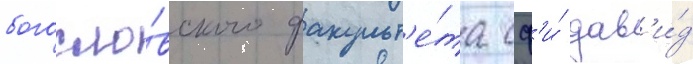
богосло́вского факульт'е́та сф'и́ дав'и́д